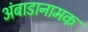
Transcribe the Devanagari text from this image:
अंबाडानामक